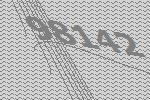
98142